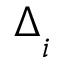
\Delta _ { _ i }